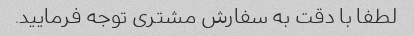
لطفا با دقت به سفارش مشتری توجه فرمایید.